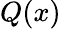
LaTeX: Q(x)